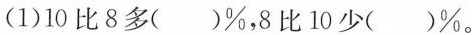
(1)10比8多（）\%，8比10少（）\%。